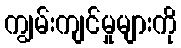
ကျွမ်းကျင်မှုများကို